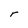
Character: r